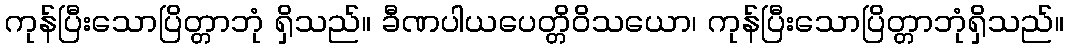
ကုန်ပြီးသောပြိတ္တာဘုံ ရှိသည်။ ခီဏပါယပေတ္တိဝိသယော၊ ကုန်ပြီးသောပြိတ္တာဘုံရှိသည်။